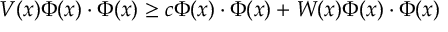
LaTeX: V ( x ) \Phi ( x ) \cdot \Phi ( x ) \geq c \Phi ( x ) \cdot \Phi ( x ) + W ( x ) \Phi ( x ) \cdot \Phi ( x )